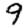
Digit: 9